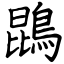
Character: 鵾